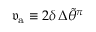
\mathfrak { v } _ { \mathrm { a } } \equiv 2 \delta \, \Delta \widetilde { \theta } ^ { \pi }